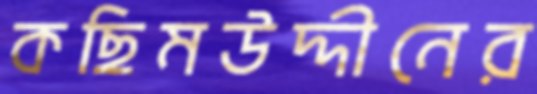
কছিমউদ্দীনের